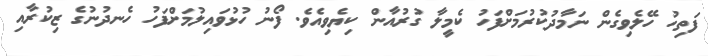
ފަތިހު ހޭލެވިގެން ނަމާދުކުރުމަށްފަހު ކެމީލާ ގުރުއާން ކިޔެވިއެވެ. ފޯނު ހުޅުވައިލުމަށްފަހު ހެނދުނުގެ ޒިކުރާއި